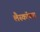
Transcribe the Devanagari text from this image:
लैस्कॉक्स